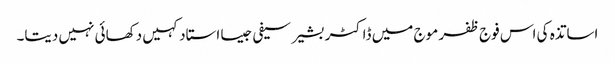
اساتذہ کی اس فوج ظفر موج میں ڈاکٹر بشیر سیفی جیسا استاد کہیں دکھائی نہیں دیتا۔